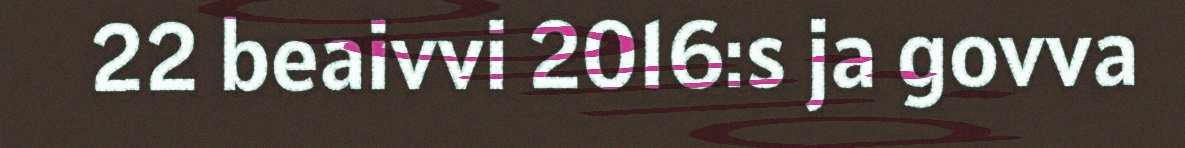
22 beaivvi 2016:s ja govva